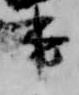
事